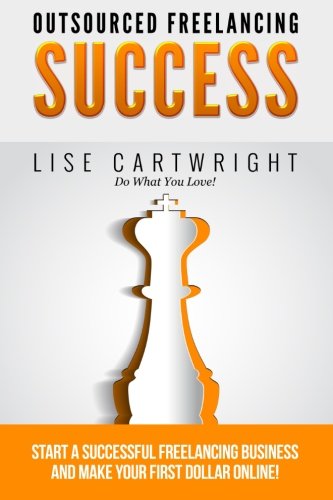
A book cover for Outsourced Freelancing Success: Start a Successful Freelancing Business and Make Your First Dollar Online! (OFS Guide Series) (Volume 1); Lise Cartwright; Business & Money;